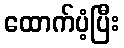
ထောက်ပံ့ပြီး